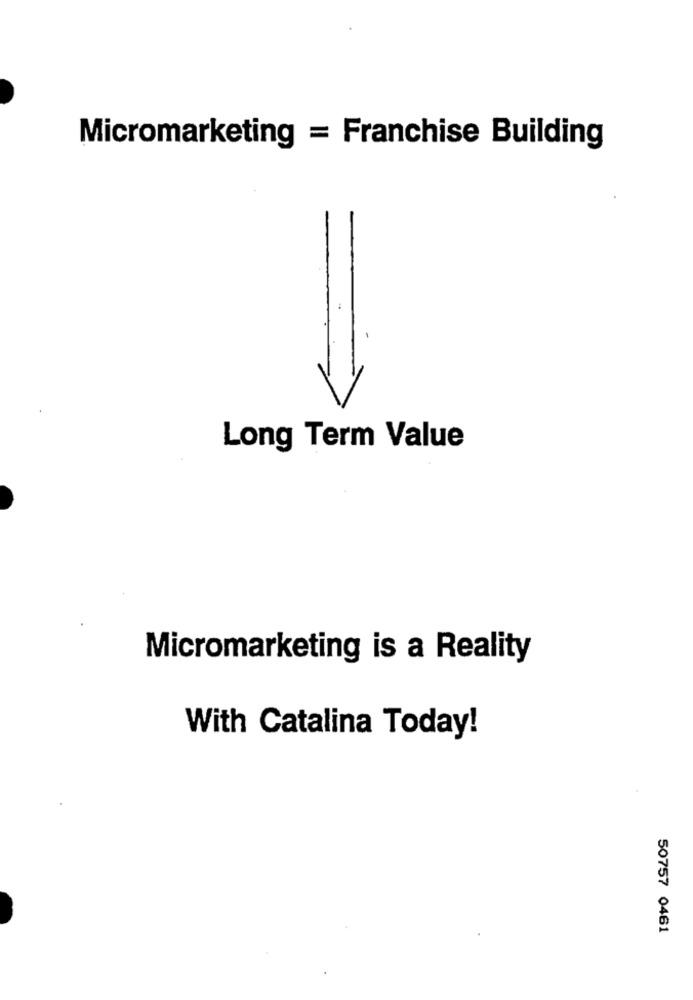
Micromarketing = Franchise Building
Long Term Value
Micromarketing is a Reality
With Catalina Today!
50757 0461